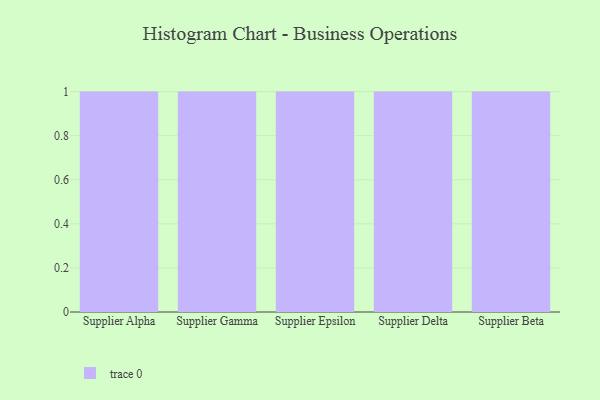
{"axis": {"x": "Supplier", "y": "Active Users"}, "legend": [""], "data": [{"x": "Supplier Alpha", "y": 17, "type": ""}, {"x": "Supplier Gamma", "y": 35, "type": ""}, {"x": "Supplier Epsilon", "y": 27, "type": ""}, {"x": "Supplier Delta", "y": 60, "type": ""}, {"x": "Supplier Beta", "y": 44, "type": ""}]}